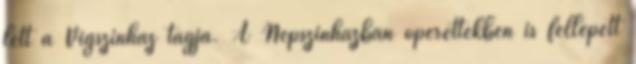
lett a Vígszínház tagja. A Népszínházban operettekben is fellépett